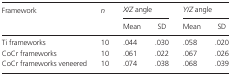
| Framework | n | <COLSPAN=2> X/Z angle | <COLSPAN=2> Y/Z angle |
 |  |  | Mean | SD | Mean | SD |
 | --- | --- | --- | --- | --- | --- |
 | Ti frameworks | 10 | .044 | .030 | .058 | .020 |
 | CoCr frameworks | 10 | .061 | .022 | .067 | .026 |
 | CoCr frameworks veneered | 10 | .074 | .038 | .068 | .039 |